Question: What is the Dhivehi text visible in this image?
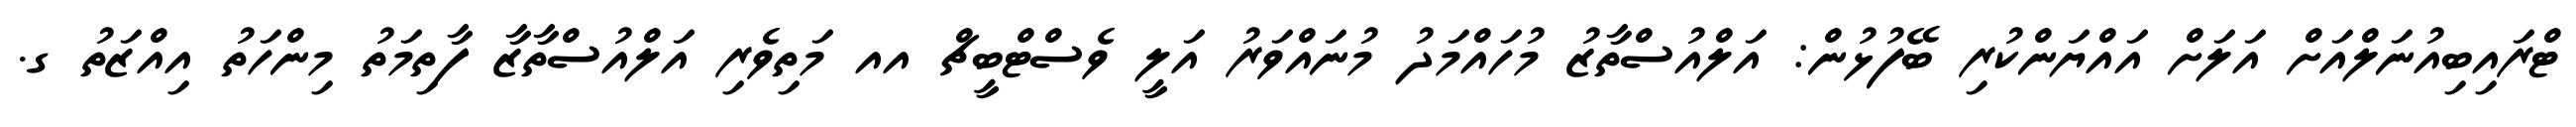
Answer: ޓްރައިބިއުނަލްއަށް އަލަށް އައްޔަންކުރި ބޭފުޅުން: އަލްއުސްތާޒު މުހައްމަދު މުނައްވަރު އަލީ ވެސްޓްބީޗް އއ މަތިވެރި އަލްއުސްތާޒާ ފާތިމަތު މިންހަތު އިއްޒަތު ގ.